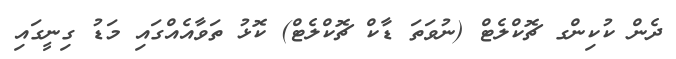
ދެން ކުކިންގ ޗޮކްލެޓް (ނުވަތަ ޑާކް ޗޮކްލެޓް) ކޮޅު ތަވާއެއްގައި މަޑު ގިނީގައި